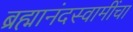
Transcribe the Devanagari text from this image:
ब्रह्मानंदस्वामींचा